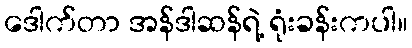
ဒေါက်တာ အန်ဒါဆန်ရဲ့ ရုံးခန်းကပါ။